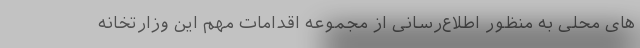
های محلی به منظور اطلاع‌رسانی از مجموعه اقدامات مهم این وزارتخانه